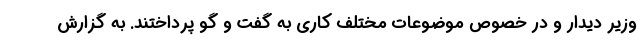
وزیر دیدار و در خصوص موضوعات مختلف کاری به گفت و گو پرداختند. به گزارش